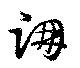
跚